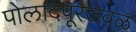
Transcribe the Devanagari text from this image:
पोलादपूरजवळ